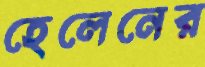
হেলেনের